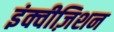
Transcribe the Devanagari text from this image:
इंक्वीज़िशन